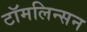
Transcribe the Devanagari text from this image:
टॉमलिन्सन